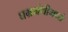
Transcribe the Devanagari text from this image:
घम्रग्रंथीमध्ये